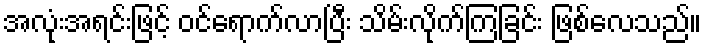
အလုံးအရင်းဖြင့် ဝင်ရောက်လာပြီး သိမ်းလိုက်ကြခြင်း ဖြစ်လေသည်။